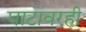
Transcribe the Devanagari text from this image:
घाटावरही